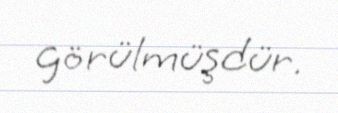
görülmüşdür.